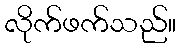
လိုက်ဖက်သည်။